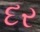
દર